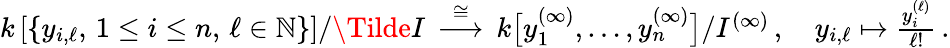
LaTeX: \begin{array}{r}{k\left[\{ y_{i,\ell},\, 1\leq i\leq n,\, \ell\in\mathbb{N}\} \right]/\Tilde{I}\, \stackrel{\cong}{\longrightarrow}\, k\big[y_{1}^{(\infty)},\ldots,y_{n}^{(\infty)}\big]/I^{(\infty)}\, ,\quad y_{i,\ell}\mapsto\frac{y_{i}^{(\ell)}}{\ell!}\, .}\end{array}